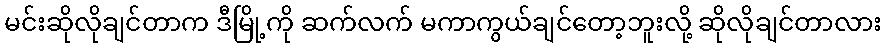
မင်းဆိုလိုချင်တာက ဒီမြို့ကို ဆက်လက် မကာကွယ်ချင်တော့ဘူးလို့ ဆိုလိုချင်တာလား